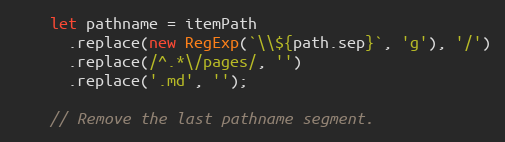
Language: JavaScript
    let pathname = itemPath
      .replace(new RegExp(`\\${path.sep}`, 'g'), '/')
      .replace(/^.*\/pages/, '')
      .replace('.md', '');

    // Remove the last pathname segment.